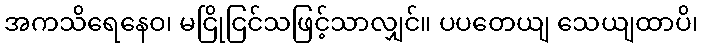
အကသိရေနေဝ၊ မငြိုငြင်သဖြင့်သာလျှင်။ ပပတေယျ သေယျထာပိ၊